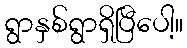
ရွာနှစ်ရွာရှိပြီပေါ့။